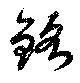
銘